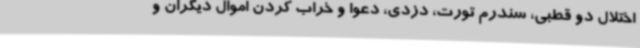
اختلال دو قطبی، سندرم تورت، دزدی، دعوا و خراب کردن اموال دیگران و